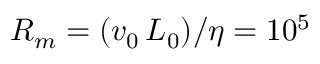
R _ { m } = ( v _ { 0 } \, L _ { 0 } ) / \eta = 1 0 ^ { 5 }